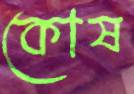
কোষ